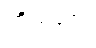
ကိုယ်ရေး